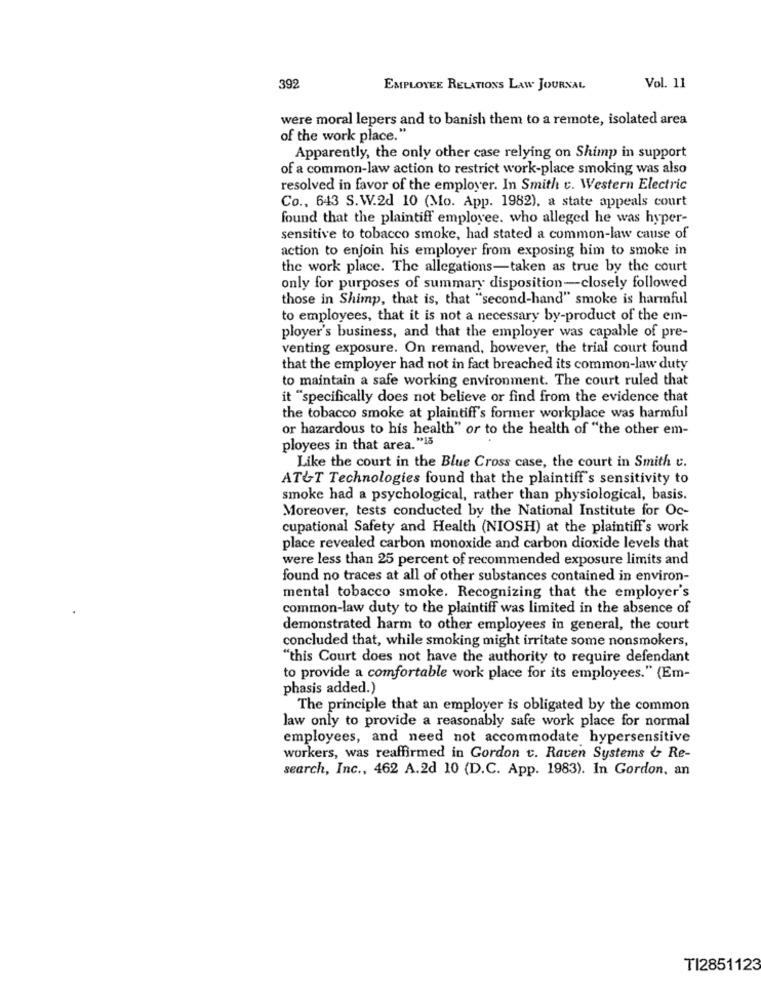
392
EMPLOYEE RELATIONS LAW JOURNAL
Vol. 11
were moral lepers and to banish them to a remote, isolated area
of the work place."
Apparently, the only other case relying on Shimp in support
of a common-law action to restrict work-place smoking was also
resolved in favor of the employer. In Smith c. Western Electric
Co ., 643 S.W.2d 10 (Mo. App. 1982), a state appeals court
found that the plaintiff employee. who alleged he was hyper-
sensitive to tobacco smoke, had stated a common-law cause of
action to enjoin his employer from exposing him to smoke in
the work place. The allegations-taken as true by the court
only for purposes of summary disposition-closely followed
those in Shimp, that is, that "second-hand" smoke is harmful
to employees, that it is not a necessary by-product of the em-
ployer's business, and that the employer was capable of pre-
venting exposure. On remand, however, the trial court found
that the employer had not in fact breached its common-law duty
to maintain a safe working environment. The court ruled that
it "specifically does not believe or find from the evidence that
the tobacco smoke at plaintiff's former workplace was harmful
or hazardous to his health" or to the health of "the other em-
ployees in that area. "18
Like the court in the Blue Cross case, the court in Smith c.
AT&T Technologies found that the plaintiff's sensitivity to
smoke had a psychological, rather than physiological, basis.
Moreover, tests conducted by the National Institute for Oc-
cupational Safety and Health (NIOSH) at the plaintiff's work
place revealed carbon monoxide and carbon dioxide levels that
were less than 25 percent of recommended exposure limits and
found no traces at all of other substances contained in environ-
mental tobacco smoke. Recognizing that the employer's
common-law duty to the plaintiff was limited in the absence of
demonstrated harm to other employees in general, the court
concluded that, while smoking might irritate some nonsmokers,
"this Court does not have the authority to require defendant
to provide a comfortable work place for its employees." (Em-
phasis added.)
The principle that an employer is obligated by the common
law only to provide a reasonably safe work place for normal
employees, and need not accommodate hypersensitive
workers, was reaffirmed in Gordon c. Raven Systems & Re-
search, Inc ., 462 A.2d 10 (D.C. App. 1983). In Gordon, an
TI2851123